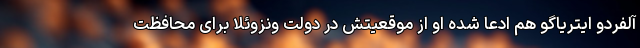
آلفردو ایتریاگو هم ادعا شده او از موقعیتش در دولت ونزوئلا برای محافظت